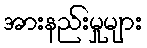
အားနည်းမှုများ